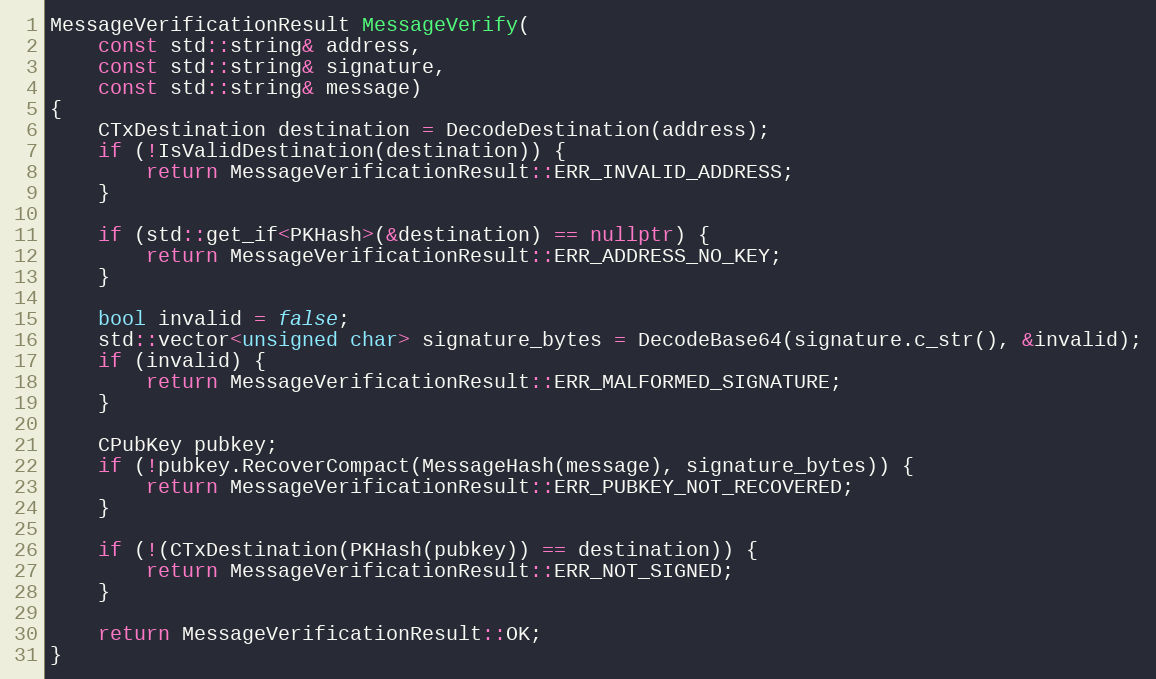
Language: C++
MessageVerificationResult MessageVerify(
    const std::string& address,
    const std::string& signature,
    const std::string& message)
{
    CTxDestination destination = DecodeDestination(address);
    if (!IsValidDestination(destination)) {
        return MessageVerificationResult::ERR_INVALID_ADDRESS;
    }

    if (std::get_if<PKHash>(&destination) == nullptr) {
        return MessageVerificationResult::ERR_ADDRESS_NO_KEY;
    }

    bool invalid = false;
    std::vector<unsigned char> signature_bytes = DecodeBase64(signature.c_str(), &invalid);
    if (invalid) {
        return MessageVerificationResult::ERR_MALFORMED_SIGNATURE;
    }

    CPubKey pubkey;
    if (!pubkey.RecoverCompact(MessageHash(message), signature_bytes)) {
        return MessageVerificationResult::ERR_PUBKEY_NOT_RECOVERED;
    }

    if (!(CTxDestination(PKHash(pubkey)) == destination)) {
        return MessageVerificationResult::ERR_NOT_SIGNED;
    }

    return MessageVerificationResult::OK;
}